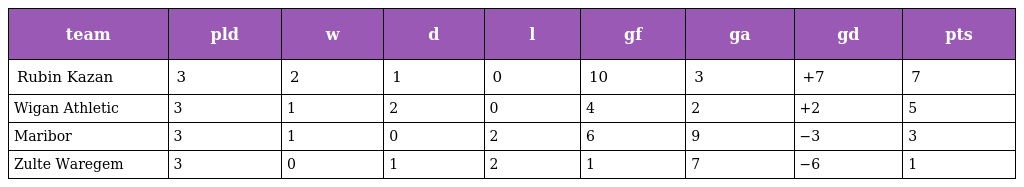
| team | pld | w | d | l | gf | ga | gd | pts |
 | --- | --- | --- | --- | --- | --- | --- | --- | --- |
 | Rubin Kazan | 3 | 2 | 1 | 0 | 10 | 3 | +7 | 7 |
 | Wigan Athletic | 3 | 1 | 2 | 0 | 4 | 2 | +2 | 5 |
 | Maribor | 3 | 1 | 0 | 2 | 6 | 9 | −3 | 3 |
 | Zulte Waregem | 3 | 0 | 1 | 2 | 1 | 7 | −6 | 1 |